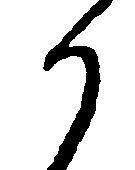
か